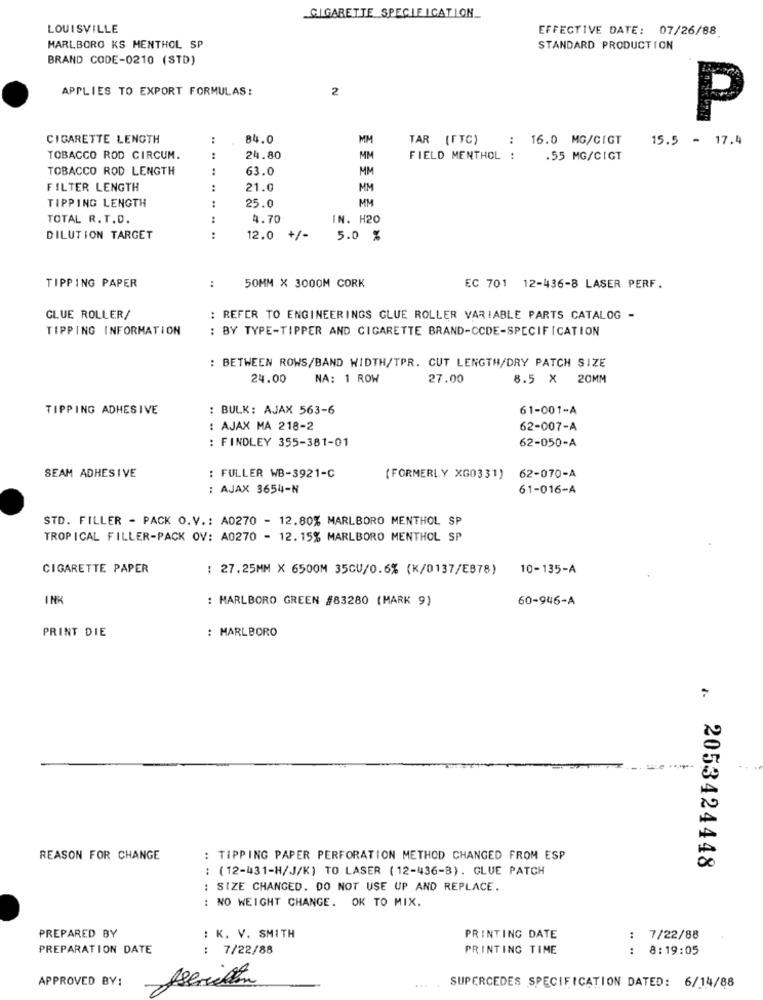
CIGARETTE SPECIE ICATION_
LOUISVILLE
EFFECTIVE DATE: 07/26/88
MARLBORO KS MENTHOL SP
STANDARD PRODUCTION
BRAND CODE-0210 (STD)
APPLIES TO EXPORT FORMULAS:
2
P
CIGARETTE LENGTH
84.0
MM
TAR (FTC)
:
16.0 MG/CIGT
15.5 - 17.4
TOBACCO ROD CIRCUM.
24.80
MM
FIELD MENTHOL :
.55 MG/CIGT
TOBACCO ROD LENGTH
..
63.0
MM
FILTER LENGTH
21.0
MM
MM
TIPPING LENGTH
:
25.0
TOTAL R. T.D.
:
4.70
IN. H20
DILUTION TARGET
:
12.0
+/-
5.0 %
50MM × 3000M CORK
TIPPING PAPER
:
EC 701 12-436-8 LASER PERF.
GLUE ROLLER/
: REFER TO ENGINEERINGS GLUE ROLLER VARIABLE PARTS CATALOG -
TIPPING INFORMATION
: BY TYPE-TIPPER AND CIGARETTE BRAND-CCDE-SPECIFICATION
: BETWEEN ROWS/BAND WIDTH/TPR. CUT LENGTH/DRY PATCH SIZE
24.00
NA: 1 ROW
27.00
8.5 × 20MM
TIPPING ADHESIVE
: BULK: AJAX 563-6
61-001-A
: AJAX MA 218-2
62-007-A
: FINDLEY 355-381-01
62-050-A
SEAM ADHESIVE
: FULLER WB-3921-C
(FORMERLY XG0331) 62-070-A
: AJAX 3654-N
61-016-A
STD. FILLER - PACK O.V .: A0270 - 12.80% MARLBORO MENTHOL SP
TROPICAL FILLER-PACK OV: A0270 - 12. 15% MARLBORO MENTHOL SP
CIGARETTE PAPER
: 27.25MM X 6500M 35CU/0.6% (K/0137/E878) 10-135-A
INK
: MARLBORO GREEN #83280 (MARK 9)
60-946-A
PRINT DIE
: MARLBORO
.
REASON FOR CHANGE
: TIPPING PAPER PERFORATION METHOD CHANGED FROM ESP
: (12-431-H/J/K) TO LASER ( 12-436-B). GLUE PATCH
2053424448
: SIZE CHANGED. DO NOT USE UP AND REPLACE.
: NO WEIGHT CHANGE. OK TO MIX.
PREPARED BY
: K. V. SMITH
PRINTING DATE
: 7/22/88
PREPARATION DATE
: 7/22/88
PRINTING TIME
: 8:19:05
APPROVED BY:
Aserillen
SUPERCEDES SPECIFICATION DATED: 6/14/88